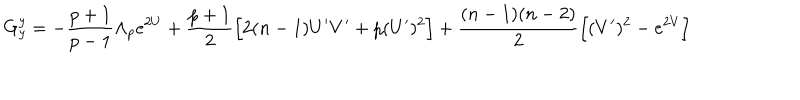
G _ { y } ^ { y } = - \frac { p + 1 } { p - 1 } \Lambda _ { p } e ^ { 2 U } + \frac { p + 1 } { 2 } \Big [ 2 ( n - 1 ) U ^ { \prime } V ^ { \prime } + p ( U ^ { \prime } ) ^ { 2 } \Big ] + \frac { ( n - 1 ) ( n - 2 ) } { 2 } \Big [ ( V ^ { \prime } ) ^ { 2 } - e ^ { 2 V } \Big ]